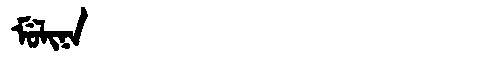
Manchu: ᠮᡠᠯᡳᠨᠠ
Romanization: MULINA